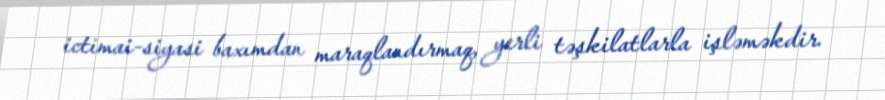
ictimai-siyasi baxımdan maraqlandırmaq, yerli təşkilatlarla işləməkdir.